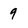
Character: 9